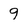
Character: 9